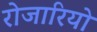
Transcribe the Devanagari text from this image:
रोजारियो